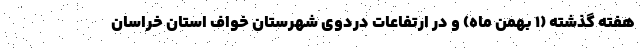
هفته گذشته (۱ بهمن ماه) و در ارتفاعات دردوی شهرستان خواف استان خراسان